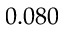
0 . 0 8 0